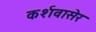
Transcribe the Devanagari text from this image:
कर्शवासेर